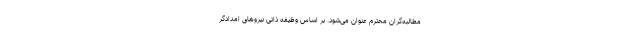
مطالبه‌گران محترم عنوان می‌شود. بر اساس وظیفه ذاتی نیرو‌های امدادگر